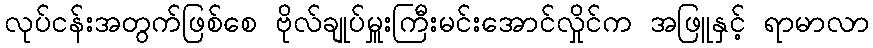
လုပ်ငန်းအတွက်ဖြစ်စေ ဗိုလ်ချုပ်မှူးကြီးမင်းအောင်လှိုင်က အဖြူနှင့် ရာမာလာ